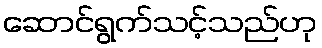
ဆောင်ရွက်သင့်သည်ဟု